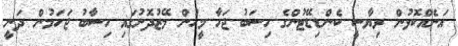
އަނެއްކޮޅުން ރިޔާސީ ކެންޑިޑޭޓުންގެ ހިސަބު ޖަހާ މީހުން މޭޒުދޮށުގައި ހިސާބު ޖަހަމުން ދަނީ